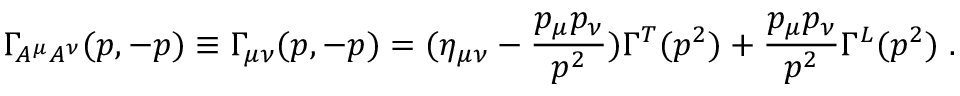
\Gamma _ { A ^ { \mu } A ^ { \nu } } ( p , - p ) \equiv \Gamma _ { \mu \nu } ( p , - p ) = ( \eta _ { \mu \nu } - \frac { p _ { \mu } p _ { \nu } } { p ^ { 2 } } ) \Gamma ^ { T } ( p ^ { 2 } ) + \frac { p _ { \mu } p _ { \nu } } { p ^ { 2 } } \Gamma ^ { L } ( p ^ { 2 } ) \; .